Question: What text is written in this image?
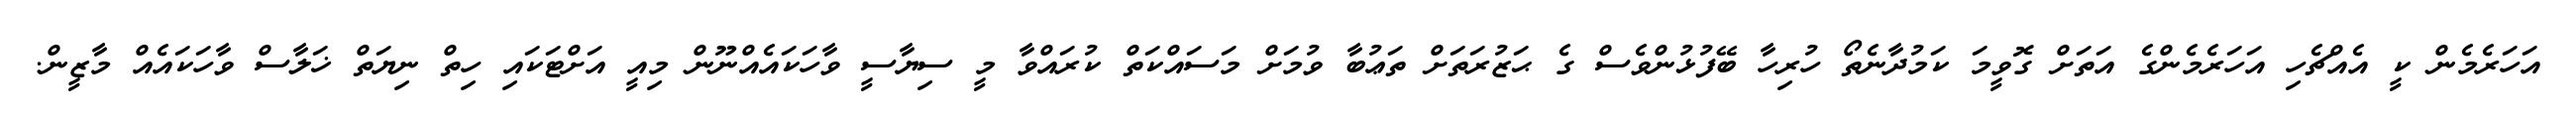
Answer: އަހަރެމެން ކީ އެއްޗެހި އަހަރެމެންގެ އަތަށް ގޮވީމަ ކަމުދާނެތޯ ހުރިހާ ބޭފުޅުންވެސް ގެ ޙަޒުރަތަށް ތަޢުބާ ވުމަށް މަސައްކަތް ކުރައްވާ މީ ސިޔާސީ ވާހަކައެއްނޫން މިއީ އަށްޓަކައި ހިތް ނިޔަތް ޚަލާސް ވާހަކައެއް މާޒީން.